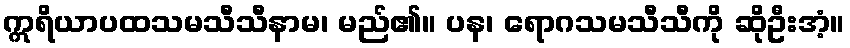
ဣရိယာပထသမသီသီနာမ၊ မည်၏။ ပန၊ ရောဂသမသီသီကို ဆိုဦးအံ့။